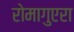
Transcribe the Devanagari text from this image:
रोमागुएरा